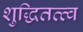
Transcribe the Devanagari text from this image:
शुद्धितत्त्व